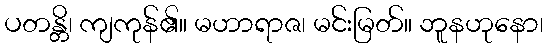
ပတန္တိ၊ ကျကုန်၏။ မဟာရာဇ၊ မင်းမြတ်။ ဘူနဟုနော၊